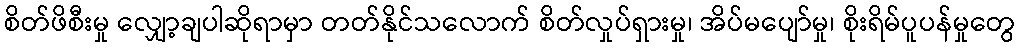
စိတ်ဖိစီးမှု လျှော့ချပါဆိုရာမှာ တတ်နိုင်သလောက် စိတ်လှုပ်ရှားမှု၊ အိပ်မပျော်မှု၊ စိုးရိမ်ပူပန်မှုတွေ